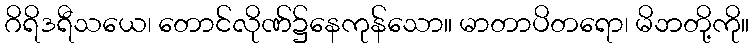
ဂိရိဒရီသယေ၊ တောင်လိုဏ်၌နေကုန်သော။ မာတာပိတရော၊ မိဘတို့ကို။